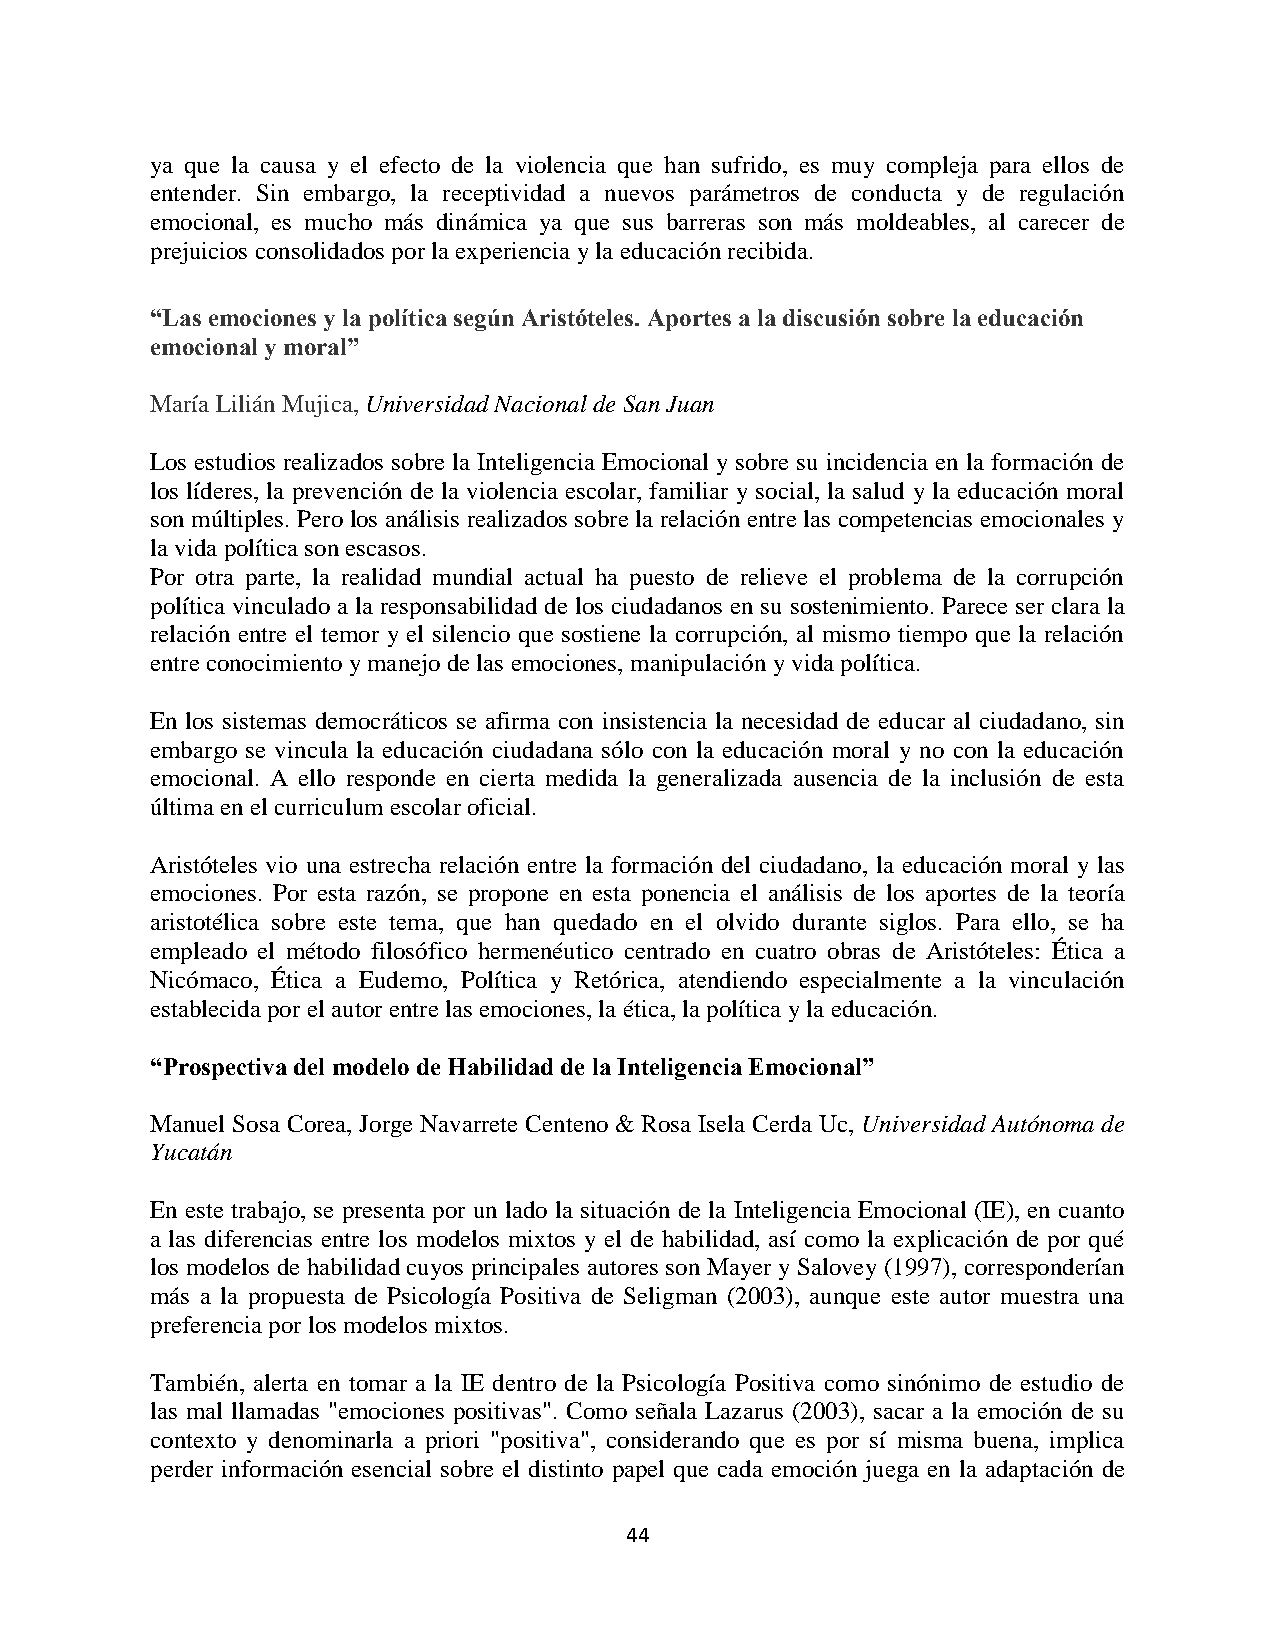
ya que la causa y el efecto de la violencia que han sufrido, es muy compleja para ellos de
 entender. Sin embargo, la receptividad a nuevos parámetros de conducta y de regulación
 emocional, es mucho más dinámica ya que sus barreras son más moldeables, al carecer de
 prejuicios consolidados por la experiencia y la educación recibida.
 “Las emociones y la política según Aristóteles. Aportes a la discusión sobre la educación
 emocional y moral”
 María Lilián Mujica, Universidad Nacional de San Juan
 Los estudios realizados sobre la Inteligencia Emocional y sobre su incidencia en la formación de
 los líderes, la prevención de la violencia escolar, familiar y social, la salud y la educación moral
 son múltiples. Pero los análisis realizados sobre la relación entre las competencias emocionales y
 la vida política son escasos.
 Por otra parte, la realidad mundial actual ha puesto de relieve el problema de la corrupción
 política vinculado a la responsabilidad de los ciudadanos en su sostenimiento. Parece ser clara la
 relación entre el temor y el silencio que sostiene la corrupción, al mismo tiempo que la relación
 entre conocimiento y manejo de las emociones, manipulación y vida política.
 En los sistemas democráticos se afirma con insistencia la necesidad de educar al ciudadano, sin
 embargo se vincula la educación ciudadana sólo con la educación moral y no con la educación
 emocional. A ello responde en cierta medida la generalizada ausencia de la inclusión de esta
 última en el curriculum escolar oficial.
 Aristóteles vio una estrecha relación entre la formación del ciudadano, la educación moral y las
 emociones. Por esta razón, se propone en esta ponencia el análisis de los aportes de la teoría
 aristotélica sobre este tema, que han quedado en el olvido durante siglos. Para ello, se ha
 empleado el método filosófico hermenéutico centrado en cuatro obras de Aristóteles: Ética a
 Nicómaco, Ética a Eudemo, Política y Retórica, atendiendo especialmente a la vinculación
 establecida por el autor entre las emociones, la ética, la política y la educación.
 “Prospectiva del modelo de Habilidad de la Inteligencia Emocional”
 Manuel Sosa Corea, Jorge Navarrete Centeno & Rosa Isela Cerda Uc, Universidad Autónoma de
 Yucatán
 En este trabajo, se presenta por un lado la situación de la Inteligencia Emocional (IE), en cuanto
 a las diferencias entre los modelos mixtos y el de habilidad, así como la explicación de por qué
 los modelos de habilidad cuyos principales autores son Mayer y Salovey (1997), corresponderían
 más a la propuesta de Psicología Positiva de Seligman (2003), aunque este autor muestra una
 preferencia por los modelos mixtos.
 También, alerta en tomar a la IE dentro de la Psicología Positiva como sinónimo de estudio de
 las mal llamadas "emociones positivas". Como señala Lazarus (2003), sacar a la emoción de su
 contexto y denominarla a priori "positiva", considerando que es por sí misma buena, implica
 perder información esencial sobre el distinto papel que cada emoción juega en la adaptación de
 44